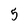
Character: 5